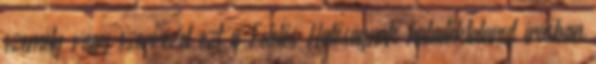
személy vagy szervezet ezt a Felelős Hatóságnak haladéktalanul írásban